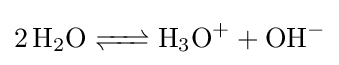
{\ce {2 H2O <=> H3O+ + OH-}}